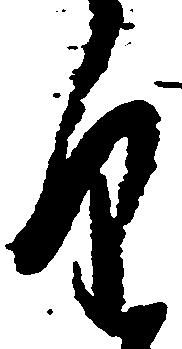
望